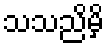
သသညိမှိ